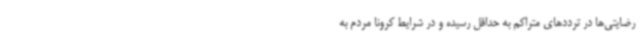
رضایتی‌ها در ترددهای متراکم به حداقل رسیده و در شرایط کرونا مردم به